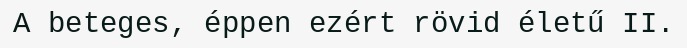
A beteges, éppen ezért rövid életű II.